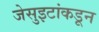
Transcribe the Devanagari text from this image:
जेसुइटांकडून